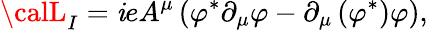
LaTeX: {\calL}_{I}=\mathit{i}eA^{\mu}\left(\varphi^{\ast}\partial_{\mu}\varphi-\partial_{\mu}\left(\varphi^{\ast}\right)\varphi\right),